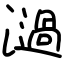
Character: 濄